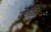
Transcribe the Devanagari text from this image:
जेनेटिव्